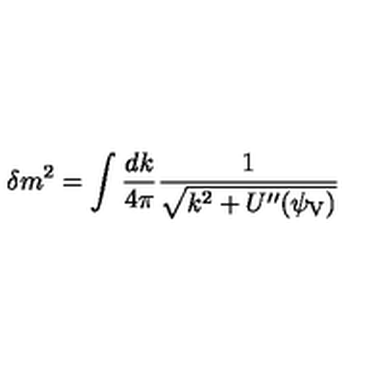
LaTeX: \delta m ^ { 2 } = \int \frac { d k } { 4 \pi } \frac { 1 } { \sqrt { k ^ { 2 } + U ^ { \prime \prime } ( \psi _ { \mathrm { V } } ) } }